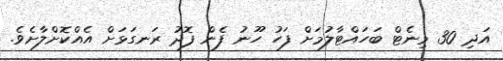
އަދި 30 މިނެޓް ބަހައްޓާލުމަށް ފަހު ހޫނު ފެން ފޮދު ރަނގަޅަށް އެއްކޮށްލާށެވެ.